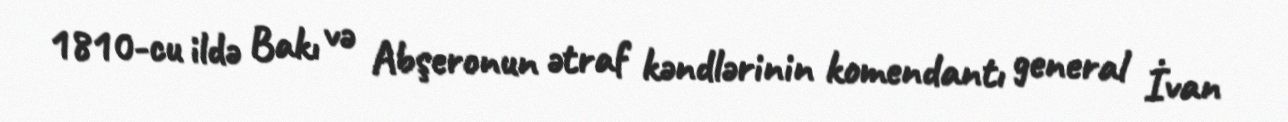
1810-cu ildə Bakı və Abşeronun ətraf kəndlərinin komendantı general İvan